Trukikaitis_Postimees, lk 147
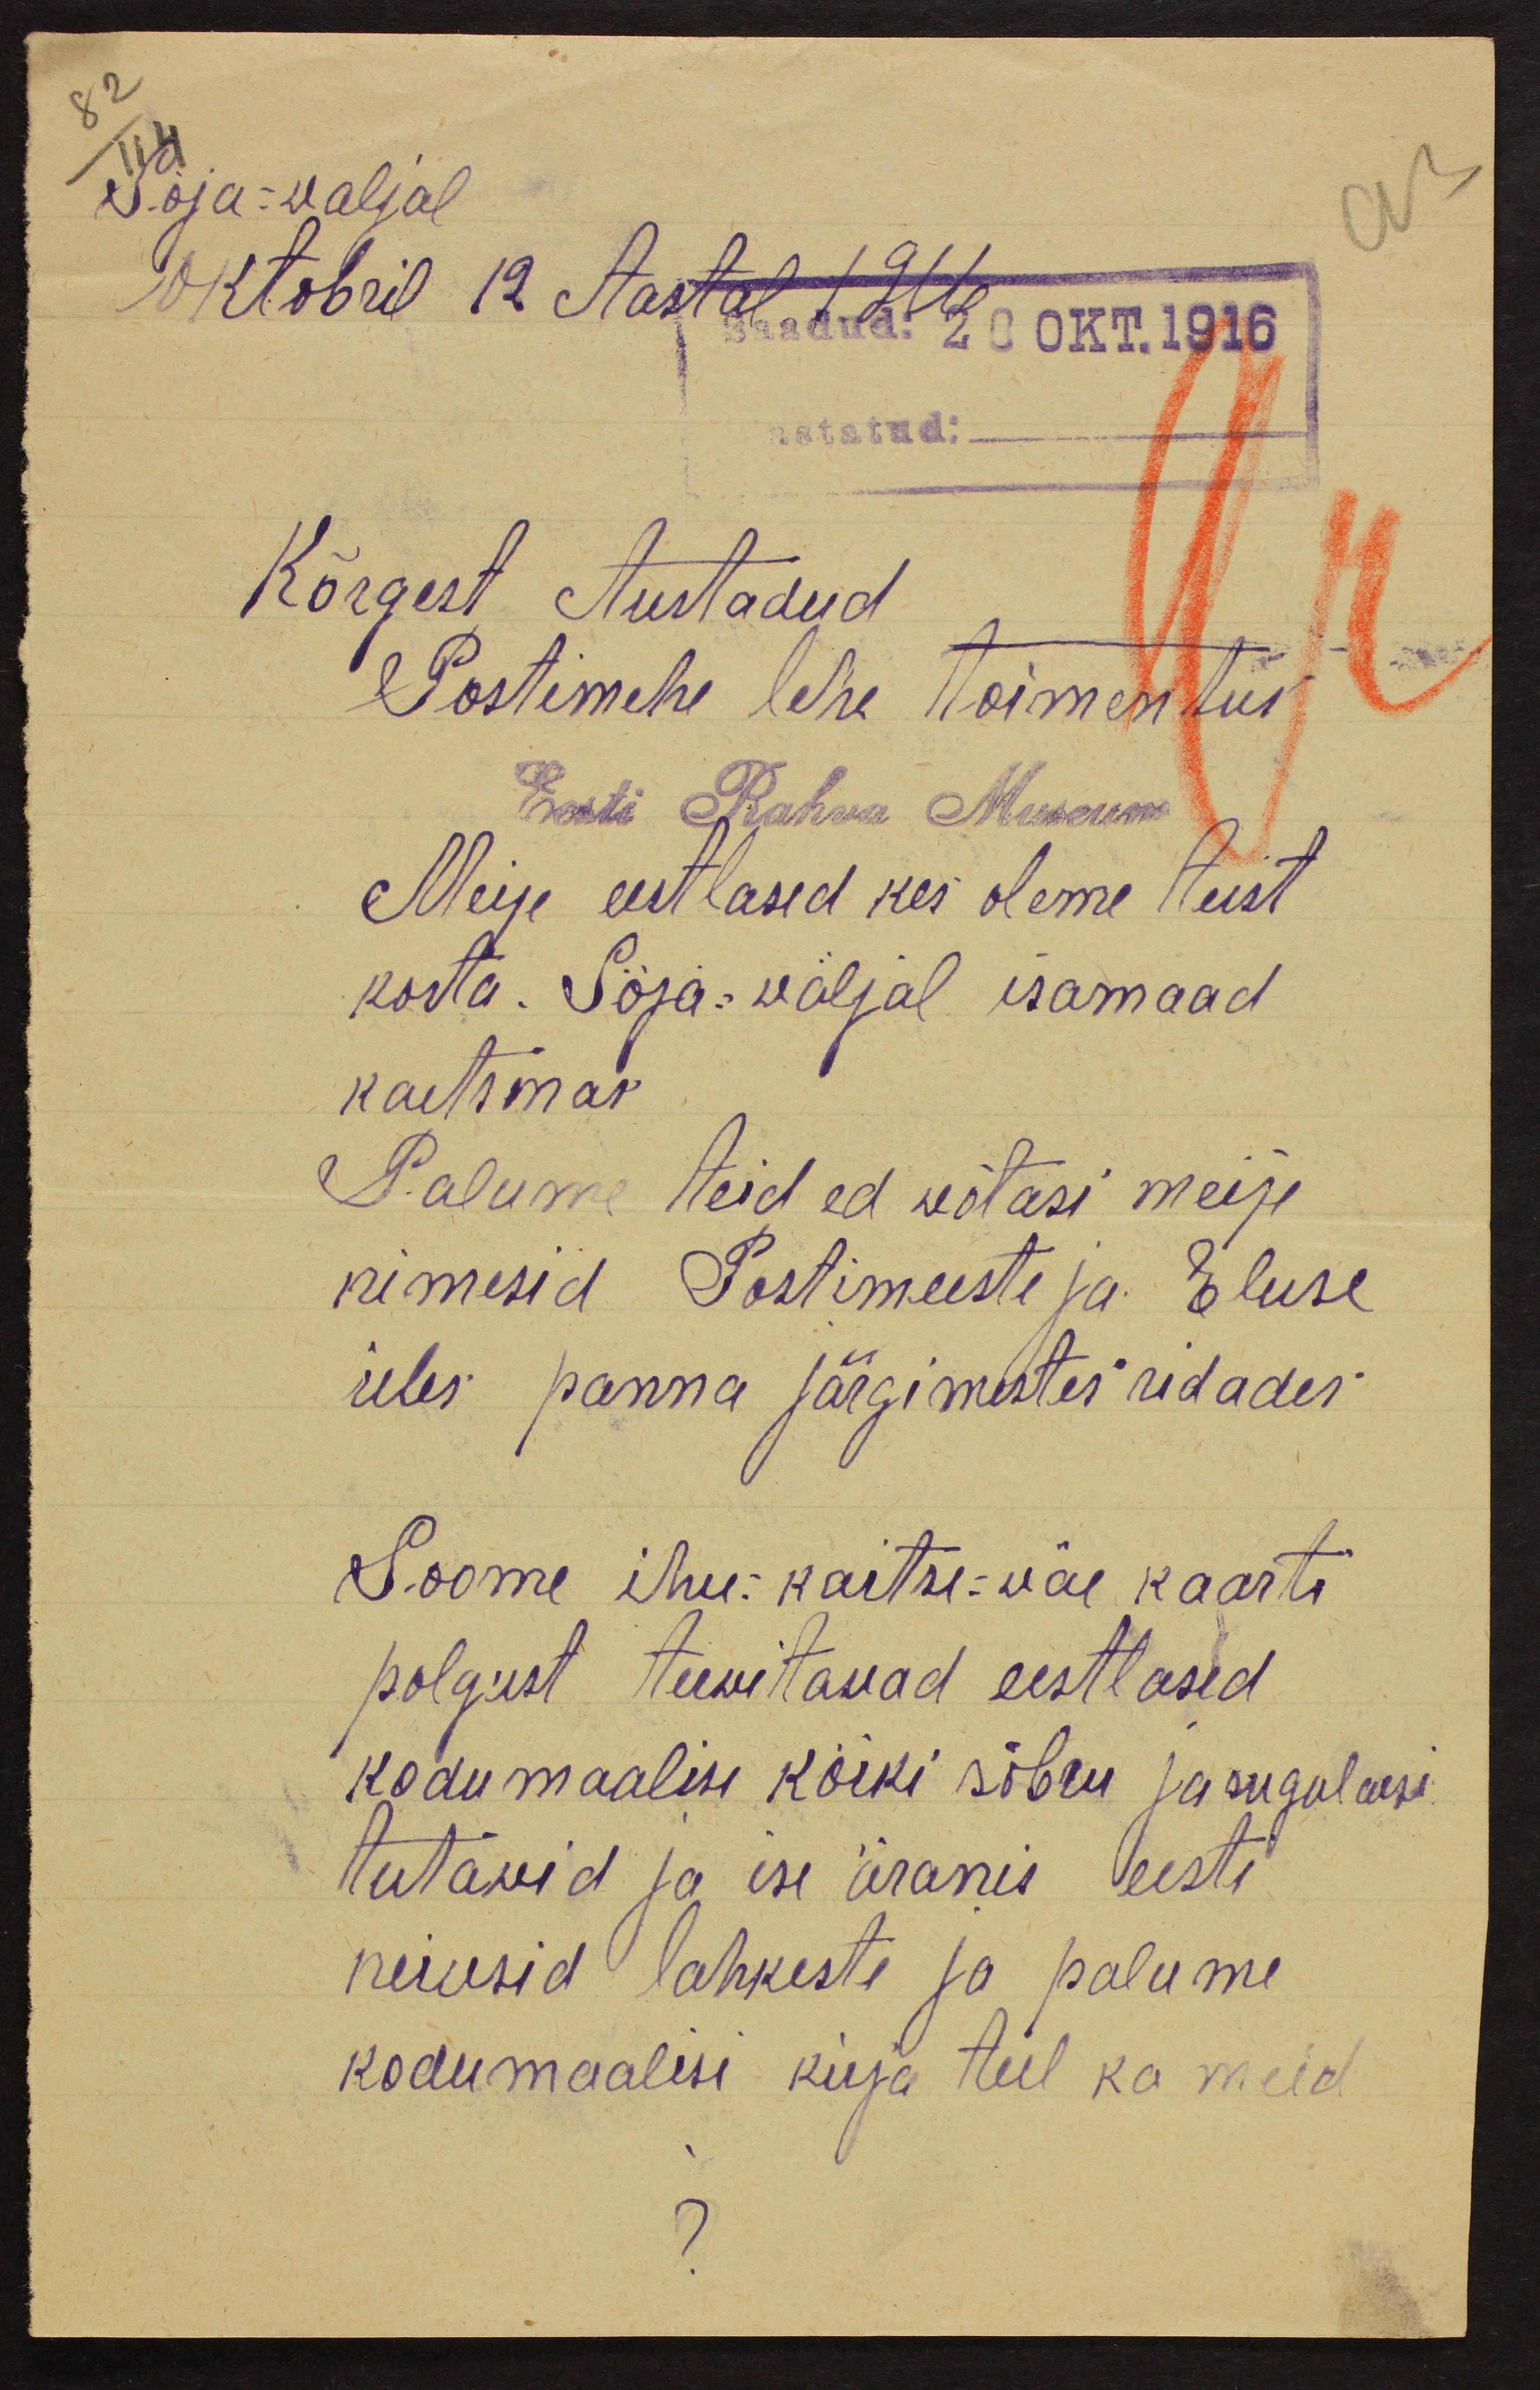
Sõja-waljal
oktobril 12 Aastal 1916
Saadud 20 OKT.1916
astatud:
Kõrgest Austadud
Postimehe lehe toimentus
Eest Rahva Museum
Meije eestlased kes oleme teist
korta. Söja-wäljal isamaad
kaitsmas
Palume teid ed wõtasi meije
nimesid Postimeeste ja Eluse
üles panna järgimestes ridades
Soome ihu-kaitse-wäe kaarti
polgust terwitawad eestlased
kodumaalisi kõiki sõbru ja sugulaesi
tutawid ja ise äranis eesti
neiusid lahkeste ja palume
kodumaalisi kirja teel ka meid